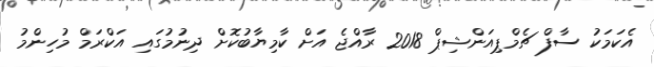
އެކަމަކު ސާފް ޗެމްޕިއަންޝިޕް 2018 ރާއްޖެ އަށް ކާމިޔާބުކޮށް ދިނުމުގައި އަކްރަމް މުހިންމު